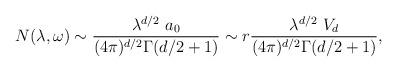
LaTeX: \begin{align*}N(\lambda,\omega)\sim {\lambda^{d/2}~ a_0 \over (4\pi)^{d/2} \Gamma(d/2+1)}\sim r{\lambda^{d/2}~ V_d \over (4\pi)^{d/2} \Gamma(d/2+1)},\end{align*}